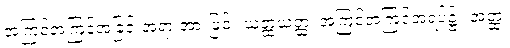
အကြင်အကြင်အခြင်းအရာ အားဖြင့်။ ယတ္ထယတ္ထ၊ အကြင်အကြင်အရပ်၌။ အတ္ထံ၊